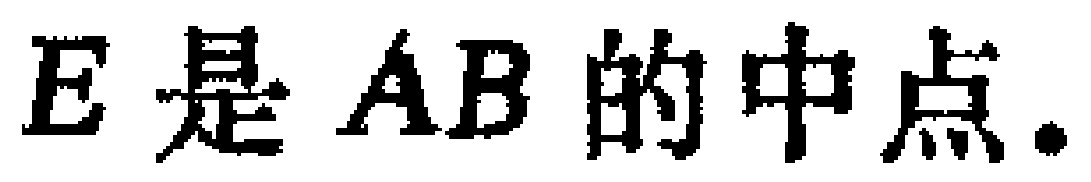
$E是AB的中点.$